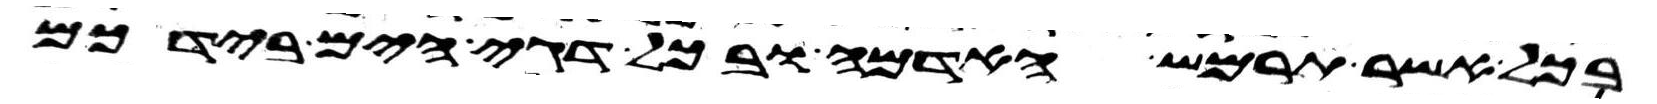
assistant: ובכל אשר תרמש האדמה ובכל דגי הים בידכם